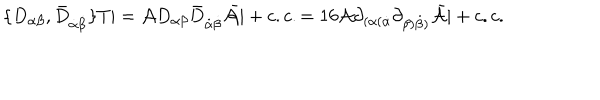
LaTeX: \{ D _ { \alpha \beta } , { \bar { D } } _ { \dot { \alpha } \dot { \beta } } \} T | = { \cal A } D _ { \alpha \beta } { \bar { D } } _ { \dot { \alpha } \dot { \beta } } { \bar { \cal A } } | + c . c . = 1 6 { \cal A } \partial _ { ( \alpha ( \dot { \alpha } } \partial _ { \beta ) \dot { \beta } ) } { \bar { \cal A } } | + c . c .